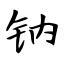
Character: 钠